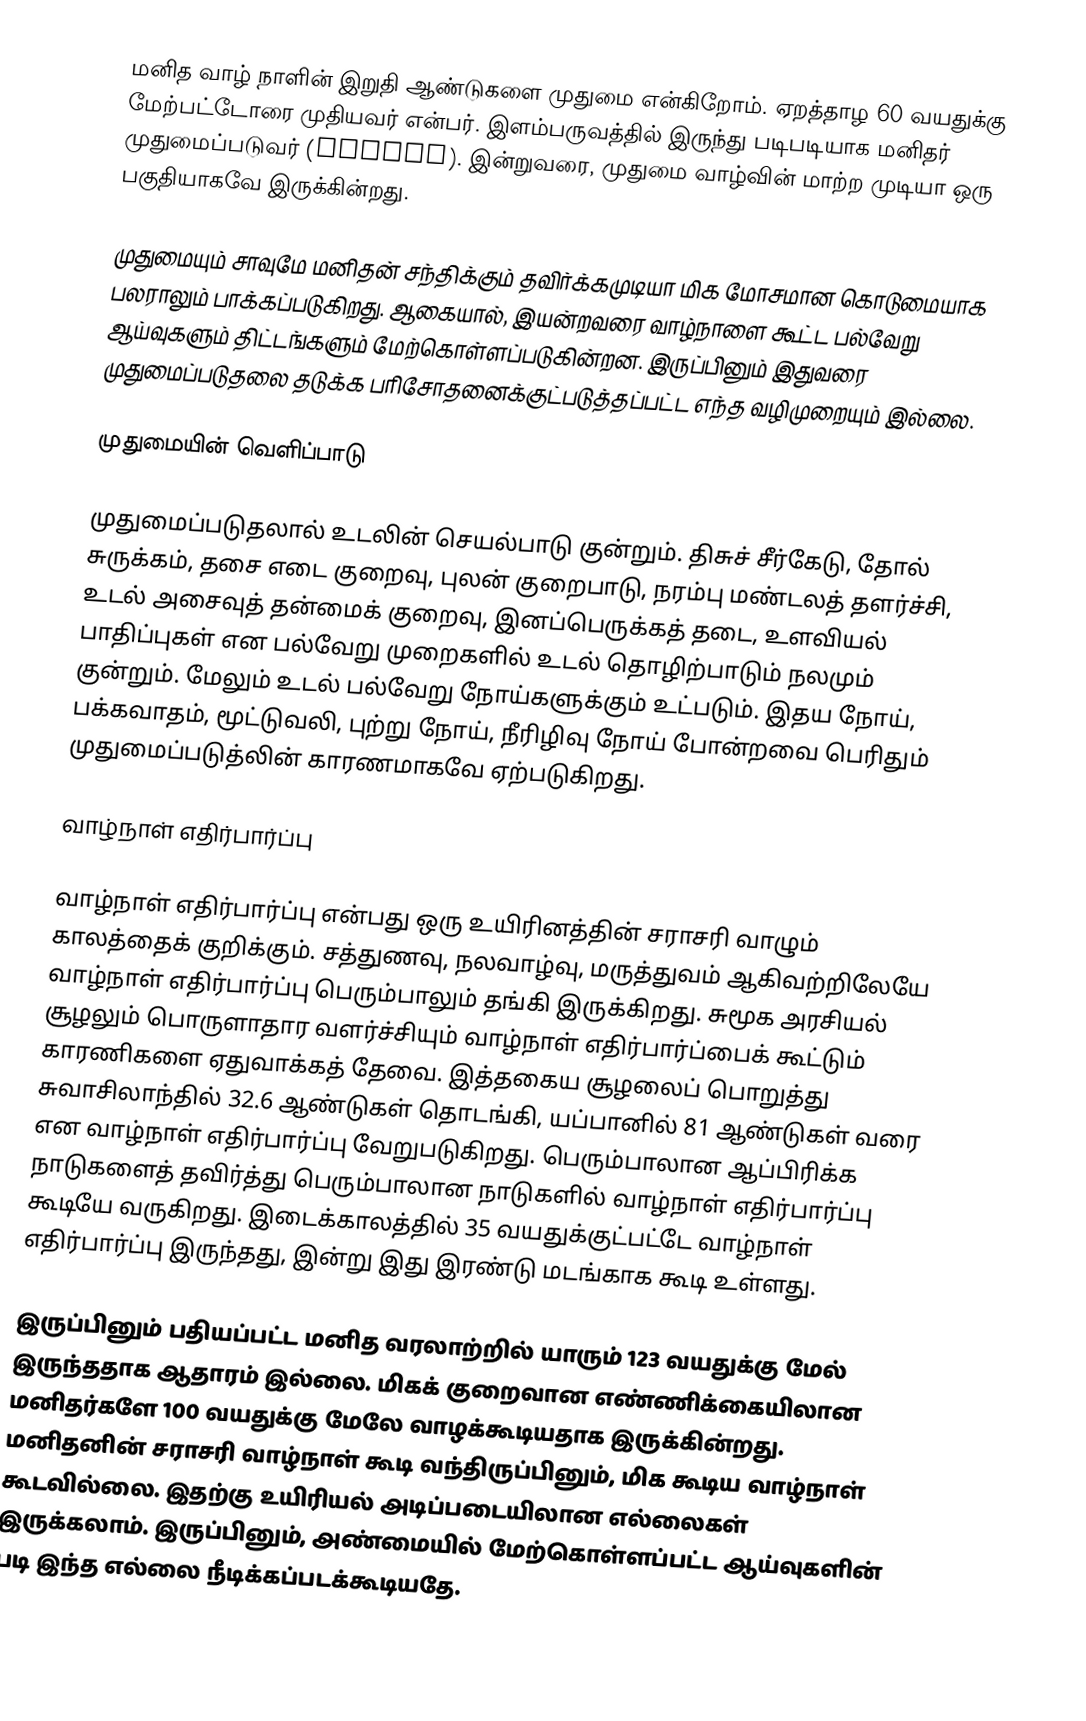
மனித வாழ் நாளின் இறுதி ஆண்டுகளை முதுமை என்கிறோம். ஏறத்தாழ 60 வயதுக்கு மேற்பட்டோரை முதியவர் என்பர். இளம்பருவத்தில் இருந்து படிபடியாக மனிதர் முதுமைப்படுவர் (ageing).  இன்றுவரை, முதுமை வாழ்வின் மாற்ற முடியா ஒரு பகுதியாகவே இருக்கின்றது.

முதுமையும் சாவுமே மனிதன் சந்திக்கும் தவிர்க்கமுடியா மிக மோசமான கொடுமையாக பலராலும் பாக்கப்படுகிறது. ஆகையால், இயன்றவரை வாழ்நாளை கூட்ட பல்வேறு ஆய்வுகளும் திட்டங்களும் மேற்கொள்ளப்படுகின்றன. இருப்பினும் இதுவரை முதுமைப்படுதலை தடுக்க பரிசோதனைக்குட்படுத்தப்பட்ட எந்த வழிமுறையும் இல்லை.

முதுமையின் வெளிப்பாடு

முதுமைப்படுதலால் உடலின் செயல்பாடு குன்றும். திசுச் சீர்கேடு, தோல் சுருக்கம், தசை எடை குறைவு, புலன் குறைபாடு, நரம்பு மண்டலத் தளர்ச்சி, உடல் அசைவுத் தன்மைக் குறைவு, இனப்பெருக்கத் தடை, உளவியல் பாதிப்புகள் என பல்வேறு முறைகளில் உடல் தொழிற்பாடும் நலமும் குன்றும். மேலும் உடல் பல்வேறு நோய்களுக்கும் உட்படும். இதய நோய், பக்கவாதம், மூட்டுவலி, புற்று நோய், நீரிழிவு நோய் போன்றவை பெரிதும் முதுமைப்படுத்லின் காரணமாகவே ஏற்படுகிறது.

வாழ்நாள் எதிர்பார்ப்பு

வாழ்நாள் எதிர்பார்ப்பு என்பது ஒரு உயிரினத்தின் சராசரி வாழும் காலத்தைக் குறிக்கும். சத்துணவு, நலவாழ்வு, மருத்துவம் ஆகிவற்றிலேயே வாழ்நாள் எதிர்பார்ப்பு பெரும்பாலும் தங்கி இருக்கிறது. சுமூக அரசியல் சூழலும் பொருளாதார வளர்ச்சியும் வாழ்நாள் எதிர்பார்ப்பைக் கூட்டும் காரணிகளை ஏதுவாக்கத் தேவை. இத்தகைய சூழலைப் பொறுத்து சுவாசிலாந்தில் 32.6 ஆண்டுகள் தொடங்கி, யப்பானில் 81 ஆண்டுகள் வரை என வாழ்நாள் எதிர்பார்ப்பு வேறுபடுகிறது.  பெரும்பாலான ஆப்பிரிக்க நாடுகளைத் தவிர்த்து பெரும்பாலான நாடுகளில் வாழ்நாள் எதிர்பார்ப்பு கூடியே வருகிறது.  இடைக்காலத்தில் 35 வயதுக்குட்பட்டே வாழ்நாள் எதிர்பார்ப்பு இருந்தது, இன்று இது இரண்டு மடங்காக கூடி உள்ளது.

இருப்பினும் பதியப்பட்ட மனித வரலாற்றில் யாரும் 123 வயதுக்கு மேல் இருந்ததாக ஆதாரம் இல்லை.  மிகக் குறைவான எண்ணிக்கையிலான மனிதர்களே 100 வயதுக்கு மேலே வாழக்கூடியதாக இருக்கின்றது. மனிதனின் சராசரி வாழ்நாள் கூடி வந்திருப்பினும், மிக கூடிய வாழ்நாள் கூடவில்லை.  இதற்கு உயிரியல் அடிப்படையிலான எல்லைகள் இருக்கலாம். இருப்பினும், அண்மையில் மேற்கொள்ளப்பட்ட ஆய்வுகளின் படி இந்த எல்லை நீடிக்கப்படக்கூடியதே.